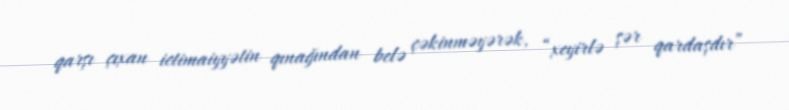
qarşı çıxan ictimaiyyətin qınağından belə çəkinməyərək, “xeyirlə şər qardaşdır”